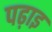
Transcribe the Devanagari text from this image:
पढ़ाइ